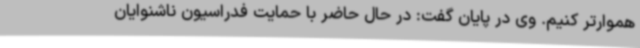
هموارتر کنیم. وی در پایان گفت: در حال حاضر با حمایت فدراسیون ناشنوایان